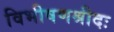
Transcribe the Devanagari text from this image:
विभीषणश्रीदः